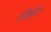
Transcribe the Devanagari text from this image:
होइहैंउ